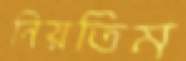
নিয়তিম